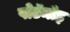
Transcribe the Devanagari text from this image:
पोटॅमोइ